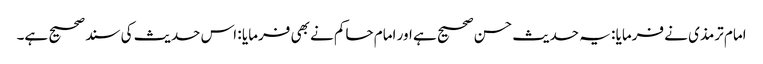
امام ترمذی نے فرمایا : یہ حدیث حسن صحیح ہے اور امام حاکم نے بھی فرمایا : اس حدیث کی سند صحیح ہے۔